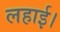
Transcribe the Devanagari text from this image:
लहाई।